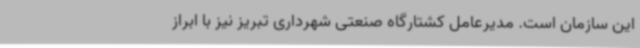
این سازمان است. مدیرعامل کشتارگاه صنعتی شهرداری تبریز نیز با ابراز